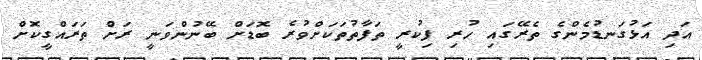
އަދި އަޅުގަނޑުމެންގެ ތެރޭގައި ހުރި ފިކުރީ ތަފާތުތަކަށްވުރެ ބޮޑަށް ބޭނުންވަނީ ރަށް ތަރައްގީކޮށް